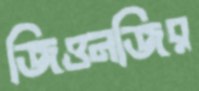
জিওনজির